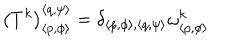
\left( T ^ { k } \right) _ { \left\langle p , \phi \right\rangle } ^ { \left\langle q , \psi \right\rangle } = \delta _ { \left\langle p , \phi \right\rangle , \left\langle q , \psi \right\rangle } \omega _ { \left\langle p , \phi \right\rangle } ^ { k }